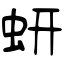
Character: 蚈